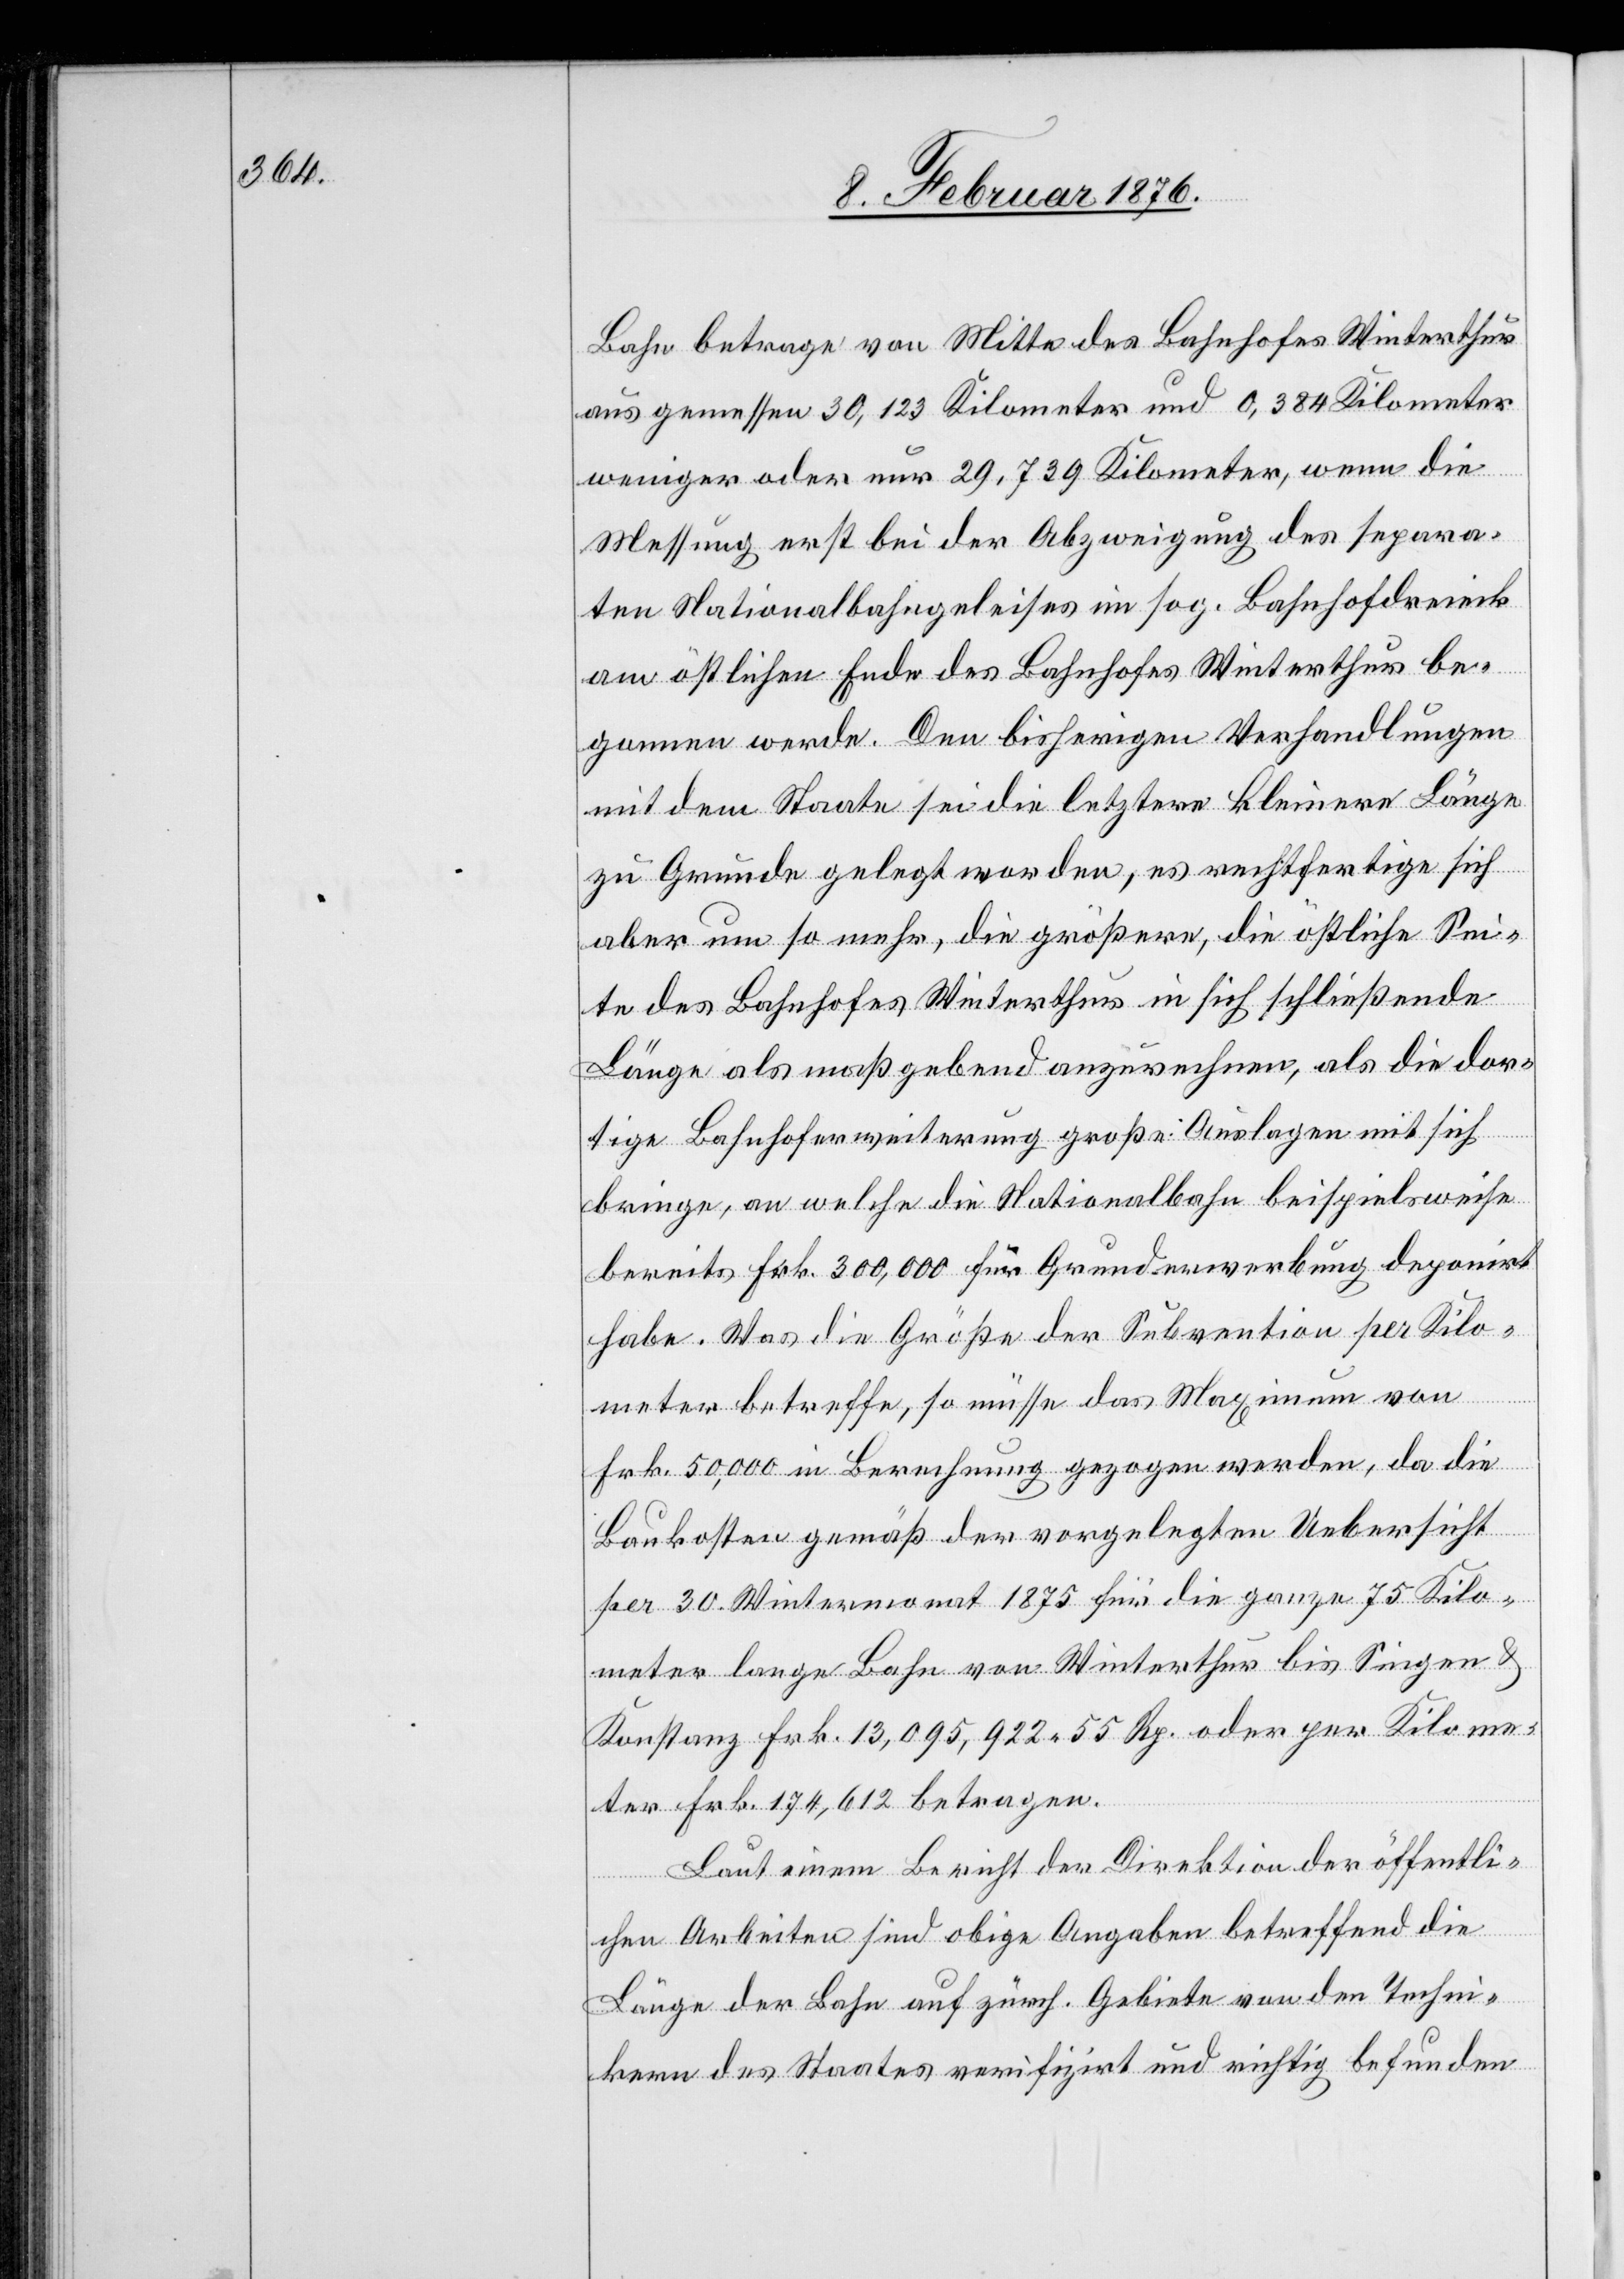
Bahn betrage von Mitte des Bahnhofes Winterthur
aus gemessen 30,123 Kilometer und 0,384 Kilometer
weniger oder nur 29,739 Kilometer, wenn die
Messung erst bei der Abzweigung des separa¬
ten Nationalbahngeleises im sog. Bahnhofdreieck
am östlichen Ende des Bahnhofes Winterthur be¬
gonnen werde. Den bisherigen Verhandlungen
mit dem Staate sei die letztere kleinere Länge
zu Grunde gelegt worden, es rechtfertige sich
aber um so mehr, die größere, die östliche Sei¬
te des Bahnhofes Winterthur in sich schließende
Länge als maßgebend anzurechnen, als die dor¬
tige Bahnhoferweiterung große Auslagen mit sich
bringe, an welche die Nationalbahn beispielsweise
bereits Frk. 300,000 für Grunderwerbung deponirt
habe. Was die Größe der Subvention per Kilo¬
meter betreffe, so müsse das Maximum von
Frk. 50,000 in Berechnung gezogen werden, da die
Baukosten gemäß der vorgelegten Uebersicht
per 30. Wintermonat 1875 für die ganze 75 Kilo¬
meter lange Bahn von Winterthur bis Singen &
Konstanz Frk. 13,095,922 55 Rp. oder per Kilome¬
ter Frk. 174,612 betragen.
Laut einem Bericht der Direktion der öffentli¬
chen Arbeiten sind obige Angaben betreffend die
Länge der Bahn auf zürch. Gebiete von den Techni¬
kern des Staates verifizirt und richtig befunden